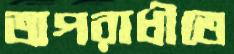
অপরাধীতে